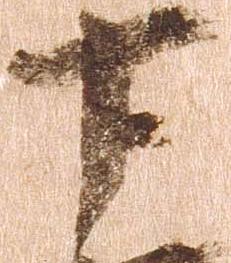
十